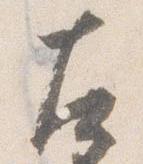
左